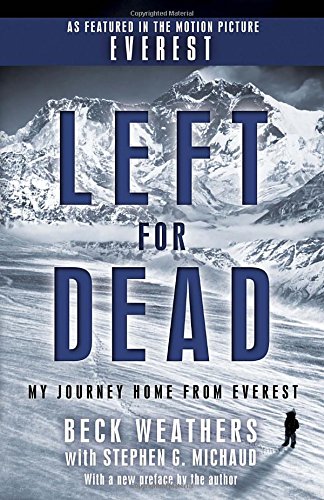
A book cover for Left for Dead (Movie Tie-in Edition): My Journey Home from Everest; Beck Weathers; Biographies & Memoirs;